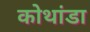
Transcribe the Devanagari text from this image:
कोथांडा